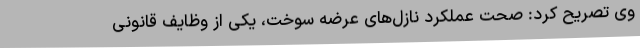
وی تصریح کرد: صحت عملکرد نازل‌های عرضه سوخت، یکی از وظایف قانونی